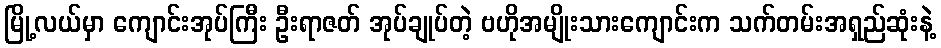
မြို့လယ်မှာ ကျောင်းအုပ်ကြီး ဦးရာဇတ် အုပ်ချုပ်တဲ့ ဗဟိုအမျိုးသားကျောင်းက သက်တမ်းအရှည်ဆုံးနဲ့